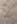
لا